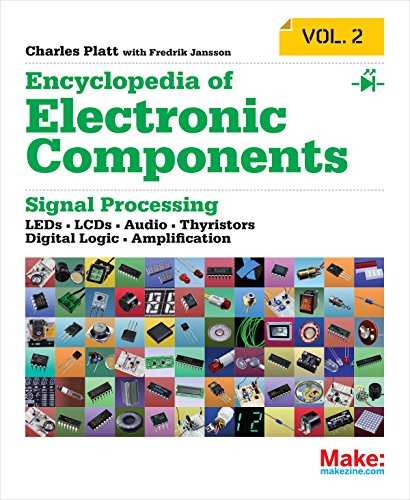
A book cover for Make: Encyclopedia of Electronic Components Volume 2: LEDs, LCDs, Audio, Thyristors, Digital Logic, and Amplification; Charles Platt; Engineering & Transportation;